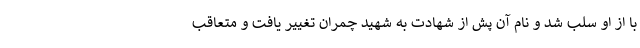
با از او سلب شد و نام آن پش از شهادت به شهید چمران تغییر یافت و متعاقب